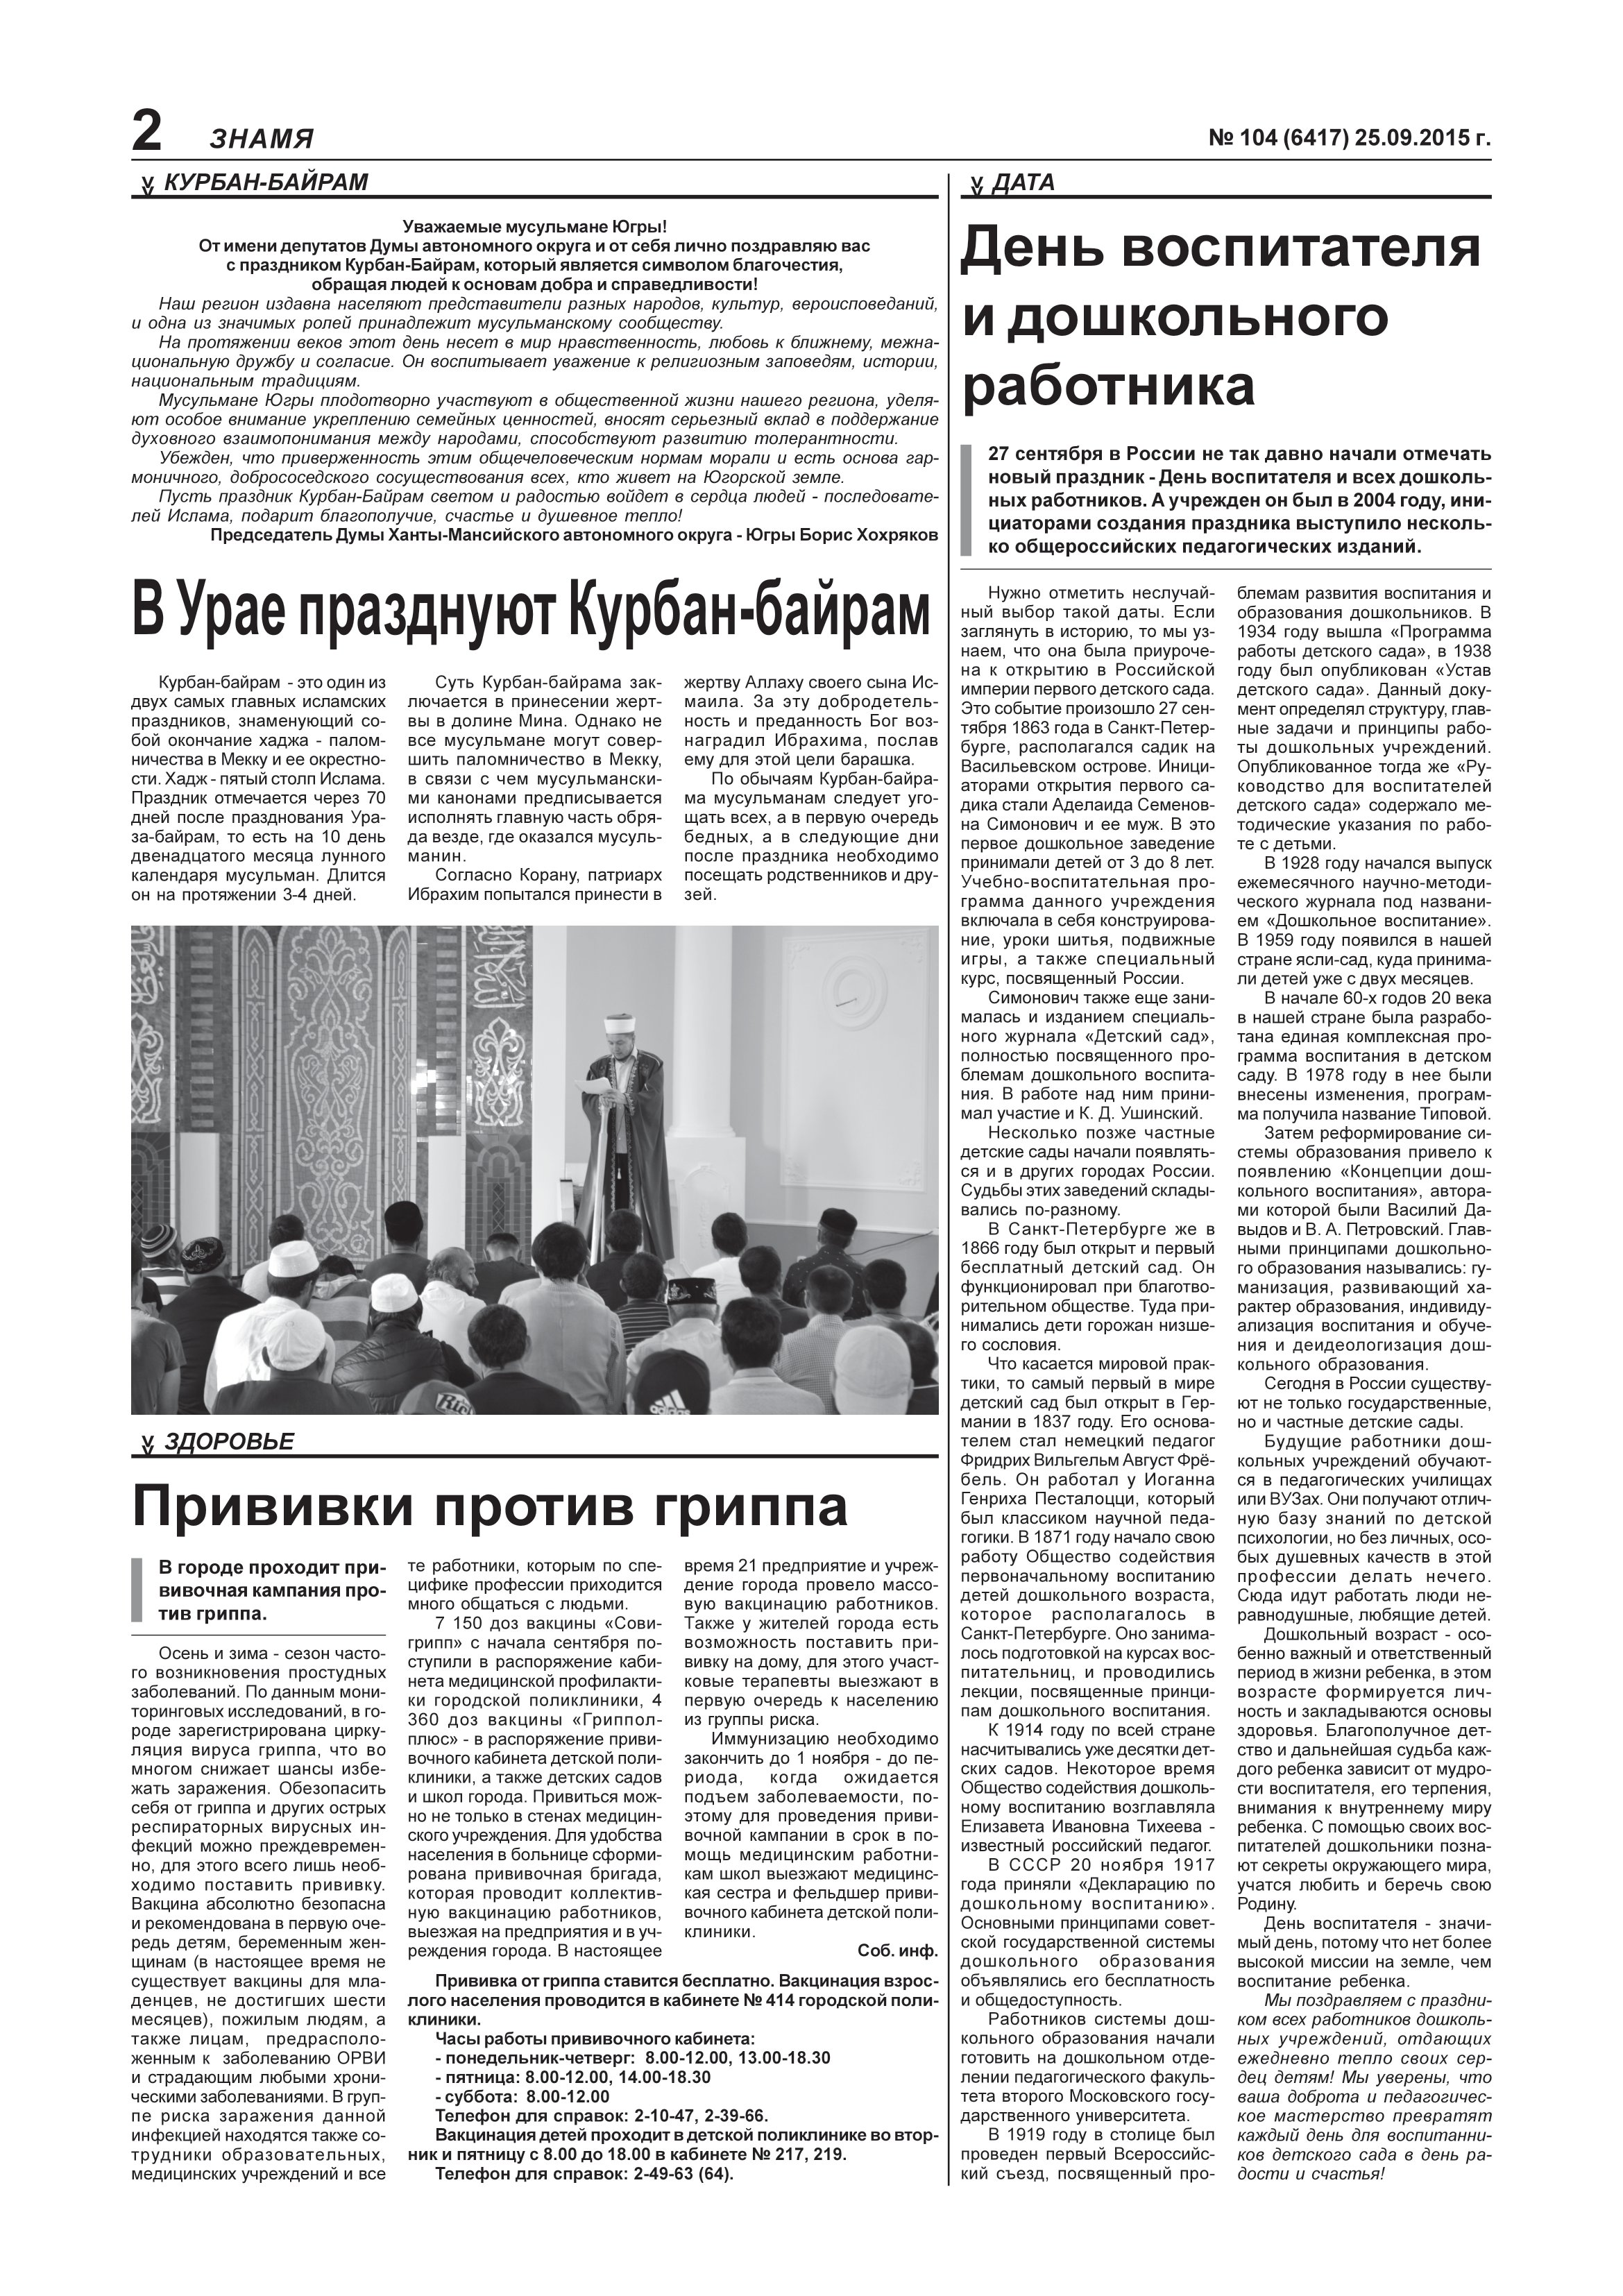
Language: ru